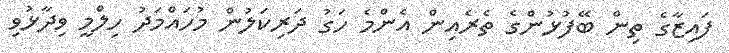
ފައިޒާގެ ތިން ބޭފުޅުންގެ ތެރެއިން އެންމެ ހަގު ދަރިކަލުން މުހައްމަދު ހިލްމީ ވިދާޅުވި